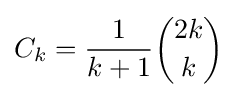
C_{k}={\frac {1}{k+1}}{\binom {2k}{k}}